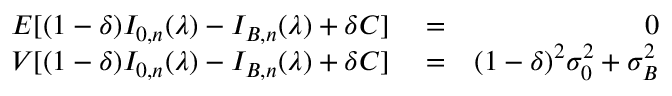
\begin{array} { r l r } { { \cal E } [ ( 1 - \delta ) I _ { 0 , n } ( \lambda ) - I _ { B , n } ( \lambda ) + \delta C ] } & { { } = } & { 0 } \\ { { \cal V } [ ( 1 - \delta ) I _ { 0 , n } ( \lambda ) - I _ { B , n } ( \lambda ) + \delta C ] } & { { } = } & { ( 1 - \delta ) ^ { 2 } \sigma _ { 0 } ^ { 2 } + \sigma _ { B } ^ { 2 } } \end{array}